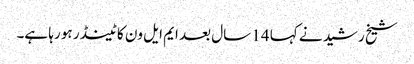
شیخ رشید نے کہا 14 سال بعد ایم ایل ون کا ٹینڈر ہو رہا ہے۔